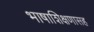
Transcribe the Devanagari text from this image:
भाषाशिक्षणासह